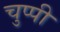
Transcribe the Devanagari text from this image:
चुप्‍पी